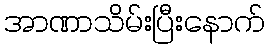
အာဏာသိမ်းပြီးနောက်